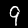
Label: 9